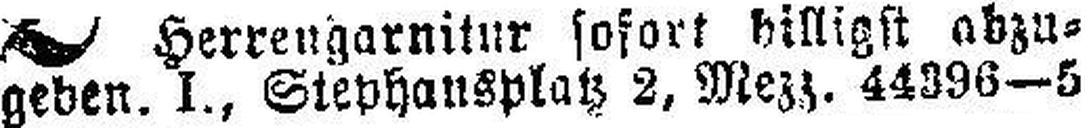
geben. I., Stephansplatz 2, Mezz. 44396—5